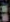
: